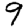
Digit: 9